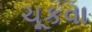
ચૂકવા